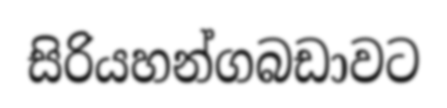
සිරියහන්ගබඩාවට